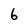
Character: 6